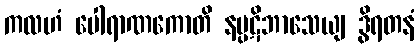
ကလဟံ ပေါရာဏကောတိ နပ္ပဋိဘာသေယျ ဒွိရတနံ